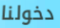
دخولنا